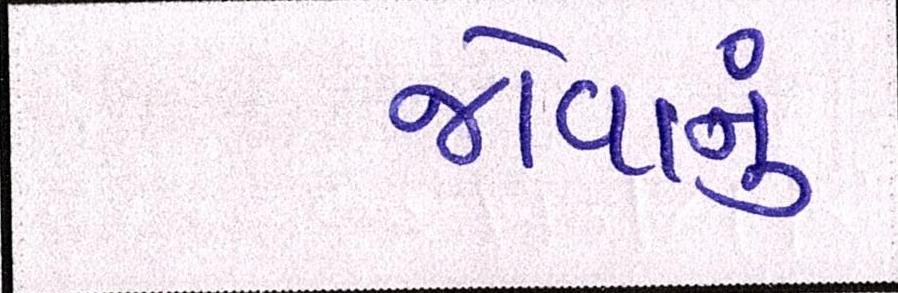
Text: જોવાનું